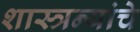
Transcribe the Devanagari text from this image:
शास्त्रन्यांचे